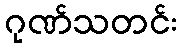
ဂုဏ်သတင်း